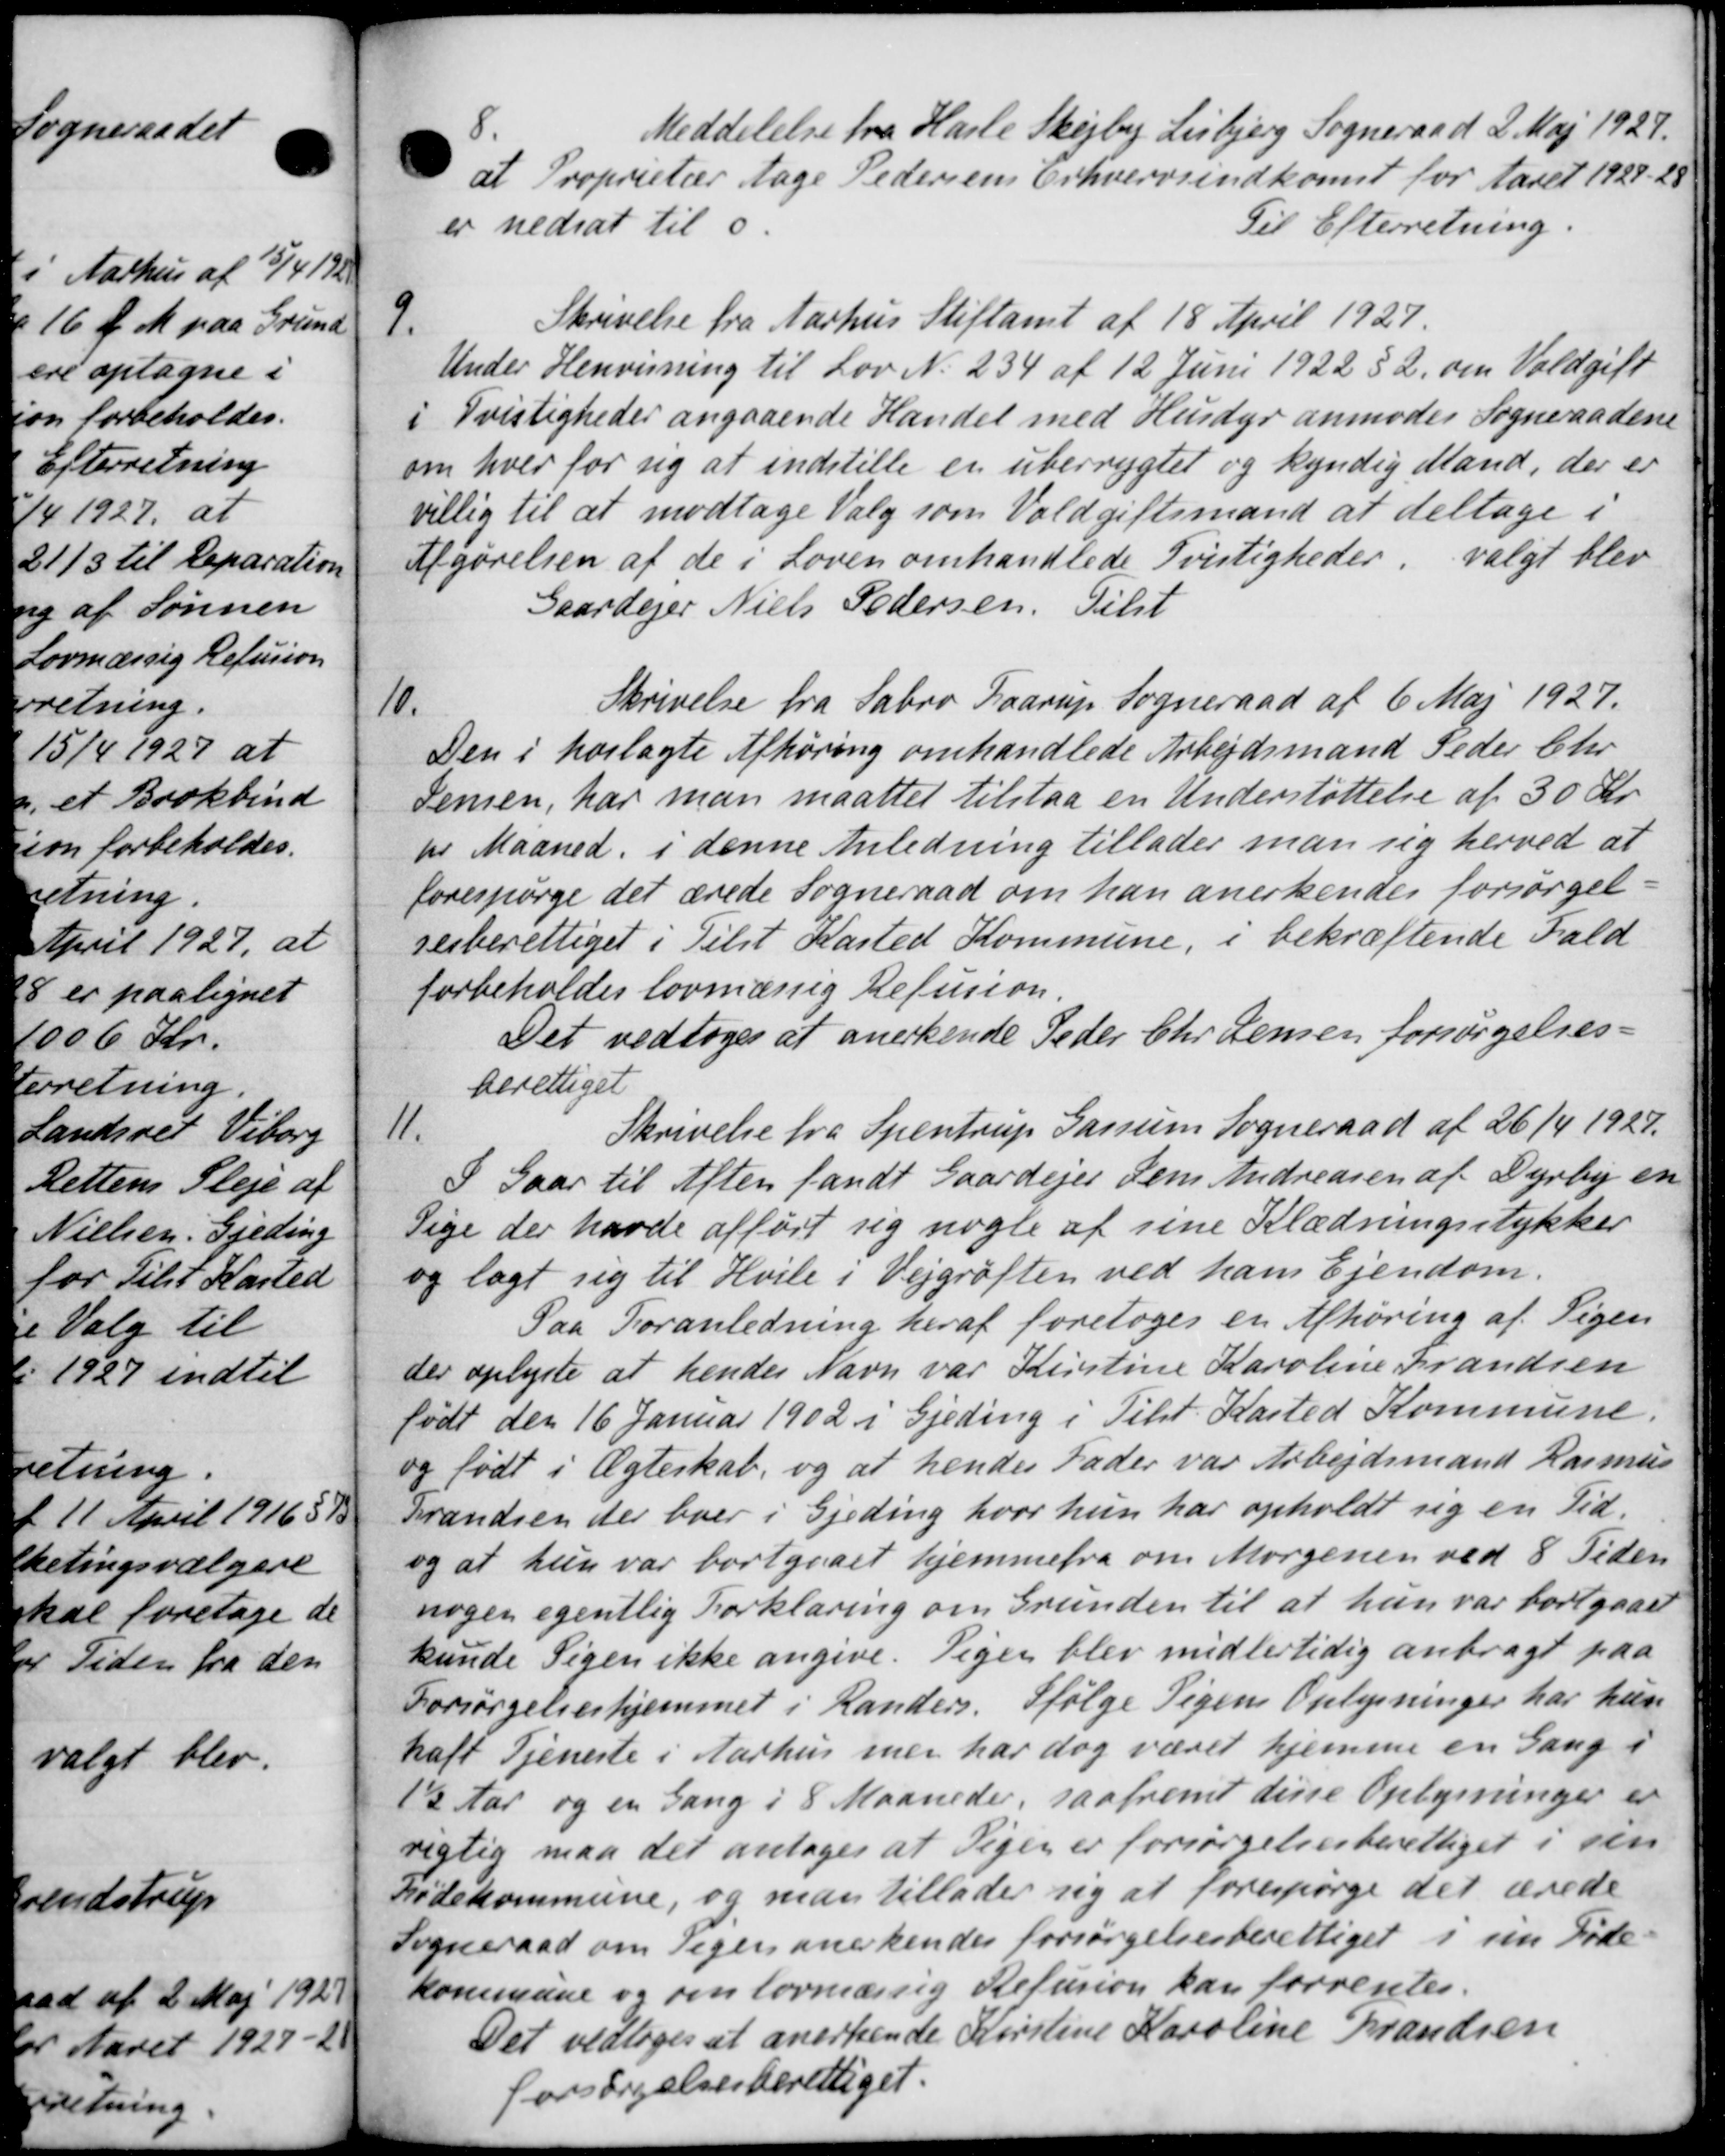
Transskription:
8
Meddelelse fra Hasle Skejby Lisbjerg Sogneraad 2 Maj 1927.
at Proprietær Aage Pedersens Erhvervsindkomst for Aaret 1928-28
er nedsat til 0.
Til Efterretning.
9.
Skrivelse fra Aarhus Stiftamt af 18 April 1927.
Under Henvisning til Lov N. 234 af 12 Juni 1922 § 2 om Voldgift
i Tvistigheder angaaende Handel med Husdyr anmodes Sogneraadene
om hver for sig at indstille er uberrygtet og kyndig Mand, der er
villig til at modtage Valg som Voldgiftsmand at deltage i
Afgørelsen af de i Loven omhandlede Tvistigheder valgt blev
Gaardejer Niels Pedersen. Tilst
10.
Skrivelse fra Sabro Faarup Sogneraad af 6 Maj 1927.
Den i hoslagte Afhøring omhandlede Arbejdsmand Peder Chr.
Jensen, har man maattet tilstaa en Understøttelse af 30 Kr.
tr Maaned i denne Anledning tillader man sig herved at
forespørge det ærede Sogneraad om han anerkendes forsørgel-
sesberettiget i Tilst Kasted Kommune, i bekræftende Fald
forbeholdes lovmæssig Refusion.
Det vedtoges at anerkende Peder Chr. Jensen forsørgelses-
berettiget

Skrivelse fra Spentrup Gasum Sogneraad af 26/4 1927.
I Gaar til Aften fandt Gaardejer Jens Andreasen af Dyrby en
Pige der havde afført sig nogle af sine Klædningsstykker
og lagt sig til Hvile i Vejgrøften ved hans Ejendom.
Paa Foranledning heraf foretoges en Afhøring af Pigen
der oplyste at hendes Navn var Kirstine Karoline Frandsen
lødt den 16 Januar 1902 i Gjeding i Tilst Kasted Kommune.
og født i Ægteskab, og at hendes Fader var Arbejdsmand Rasmus
Frandsen der boer i Gjeding hvor hun har opholdt sig en Tid.
og at hun var bortgaaet hjemmefra om Morgenen ved 8 Tiden
nogen egentlig Forklaring om Grunden til at hun var bortgaaet
kunde Pigen ikke angive. Piger blev midlertidig anbragt paa
Forsørgelseshjemmet i Randers. Ifølge Pigens Oplysninger har hun
haft Tjeneste i Aarhus men har dog været hjemme en Gang i
1½ Aar og en Gang i 8 Maaneder, saafremt disse Oplysninger er
rigtig maa det antoges at Piger er forsørgelsesberettiget i sin
Fødekommune, og man tillader sig at forespørge det ærede
Sogneraad om Pigen anerkendes forsørgelsesberettiget i sin Føde-
kommune og om lovmæssig Refusion kan forrentes.
Det vedtoges at anerkende Kirstine Karoline Frandsen
forsørgelsesberettiget.